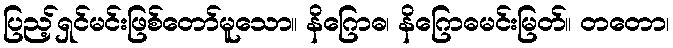
ပြည့်ရှင်မင်းဖြစ်တော်မူသော။ နိဂြောဓ၊ နိဂြောဓမင်းမြတ်။ တတော၊